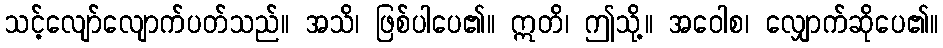
သင့်လျော်လျောက်ပတ်သည်။ အသိ၊ ဖြစ်ပါပေ၏။ ဣတိ၊ ဤသို့။ အဝေါစ၊ လျှောက်ဆိုပေ၏။